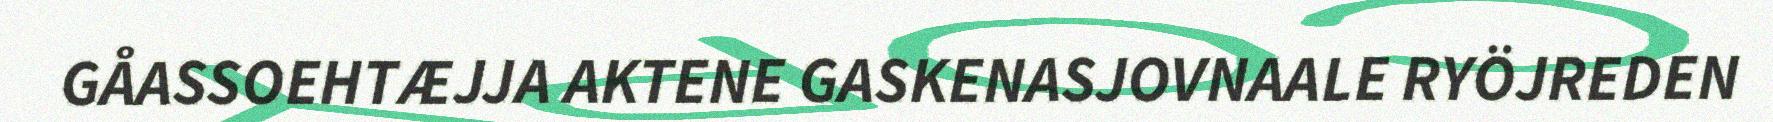
GÅASSOEHTÆJJA AKTENE GASKENASJOVNAALE RYÖJREDEN